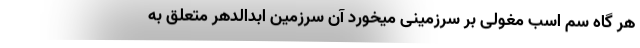
هر گاه سُم اسب مغولی بر سرزمینی میخورد آن سرزمین ابدالدهر متعلق به